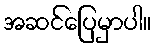
အဆင်ပြေမှာပါ။